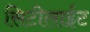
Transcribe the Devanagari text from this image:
सिटीलाईट